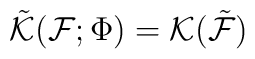
\tilde{{\cal K}}({\cal F};\Phi )={\cal K}(\tilde{{\cal F}})